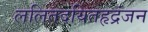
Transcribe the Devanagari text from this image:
ललितदयितहृद्रंजन